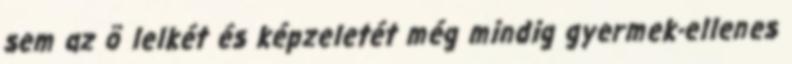
sem az õ lelkét és képzeletét még mindig gyermek-ellenes